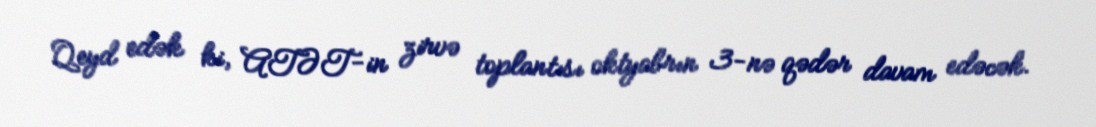
Qeyd edək ki, ATƏT-in zirvə toplantısı oktyabrın 3-nə qədər davam edəcək.